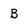
Character: B